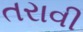
તરાવી